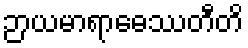
ဉာယမာရာဓေဿတီတိ